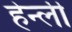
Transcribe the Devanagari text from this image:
हेन्ली